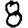
Digit: 8